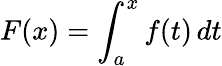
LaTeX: F(x)=\int_{a}^{x}f(t)\, dt